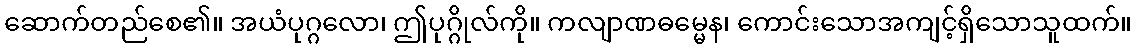
ဆောက်တည်စေ၏။ အယံပုဂ္ဂလော၊ ဤပုဂ္ဂိုလ်ကို။ ကလျာဏဓမ္မေန၊ ကောင်းသောအကျင့်ရှိသောသူထက်။